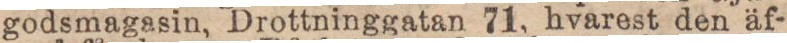
godsmagasin, Drottninggatan 71, hvarest den äf-